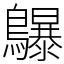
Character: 鸔